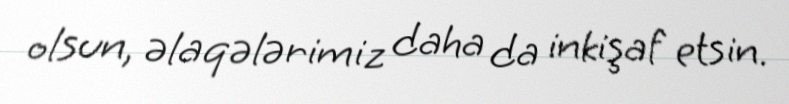
olsun, əlaqələrimiz daha da inkişaf etsin.